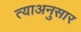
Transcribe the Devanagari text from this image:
त्याअनुसार